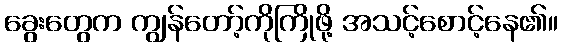
ခွေးတွေက ကျွန်တော့်ကိုကြိုဖို့ အသင့်စောင့်နေ၏။